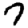
Digit: 7